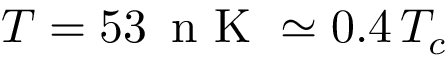
T = 5 3 \, \mathrm { ~ n ~ K ~ } \simeq 0 . 4 \, T _ { c }